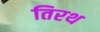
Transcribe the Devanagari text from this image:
तिरथ